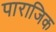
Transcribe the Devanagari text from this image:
पाराजिक